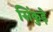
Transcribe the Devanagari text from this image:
सिंकुड़े